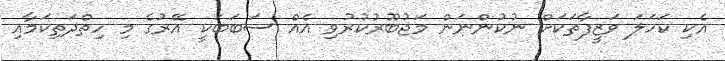
އެކި ކަހަލަ ވަޒީފާތަކަށް ނުކުންނަން މަޖުބޫރުކުރުވި އެއް ސަބަބަކީ އޭރުގެ މި ހިތްދަތިކަމާއި